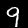
Label: 9